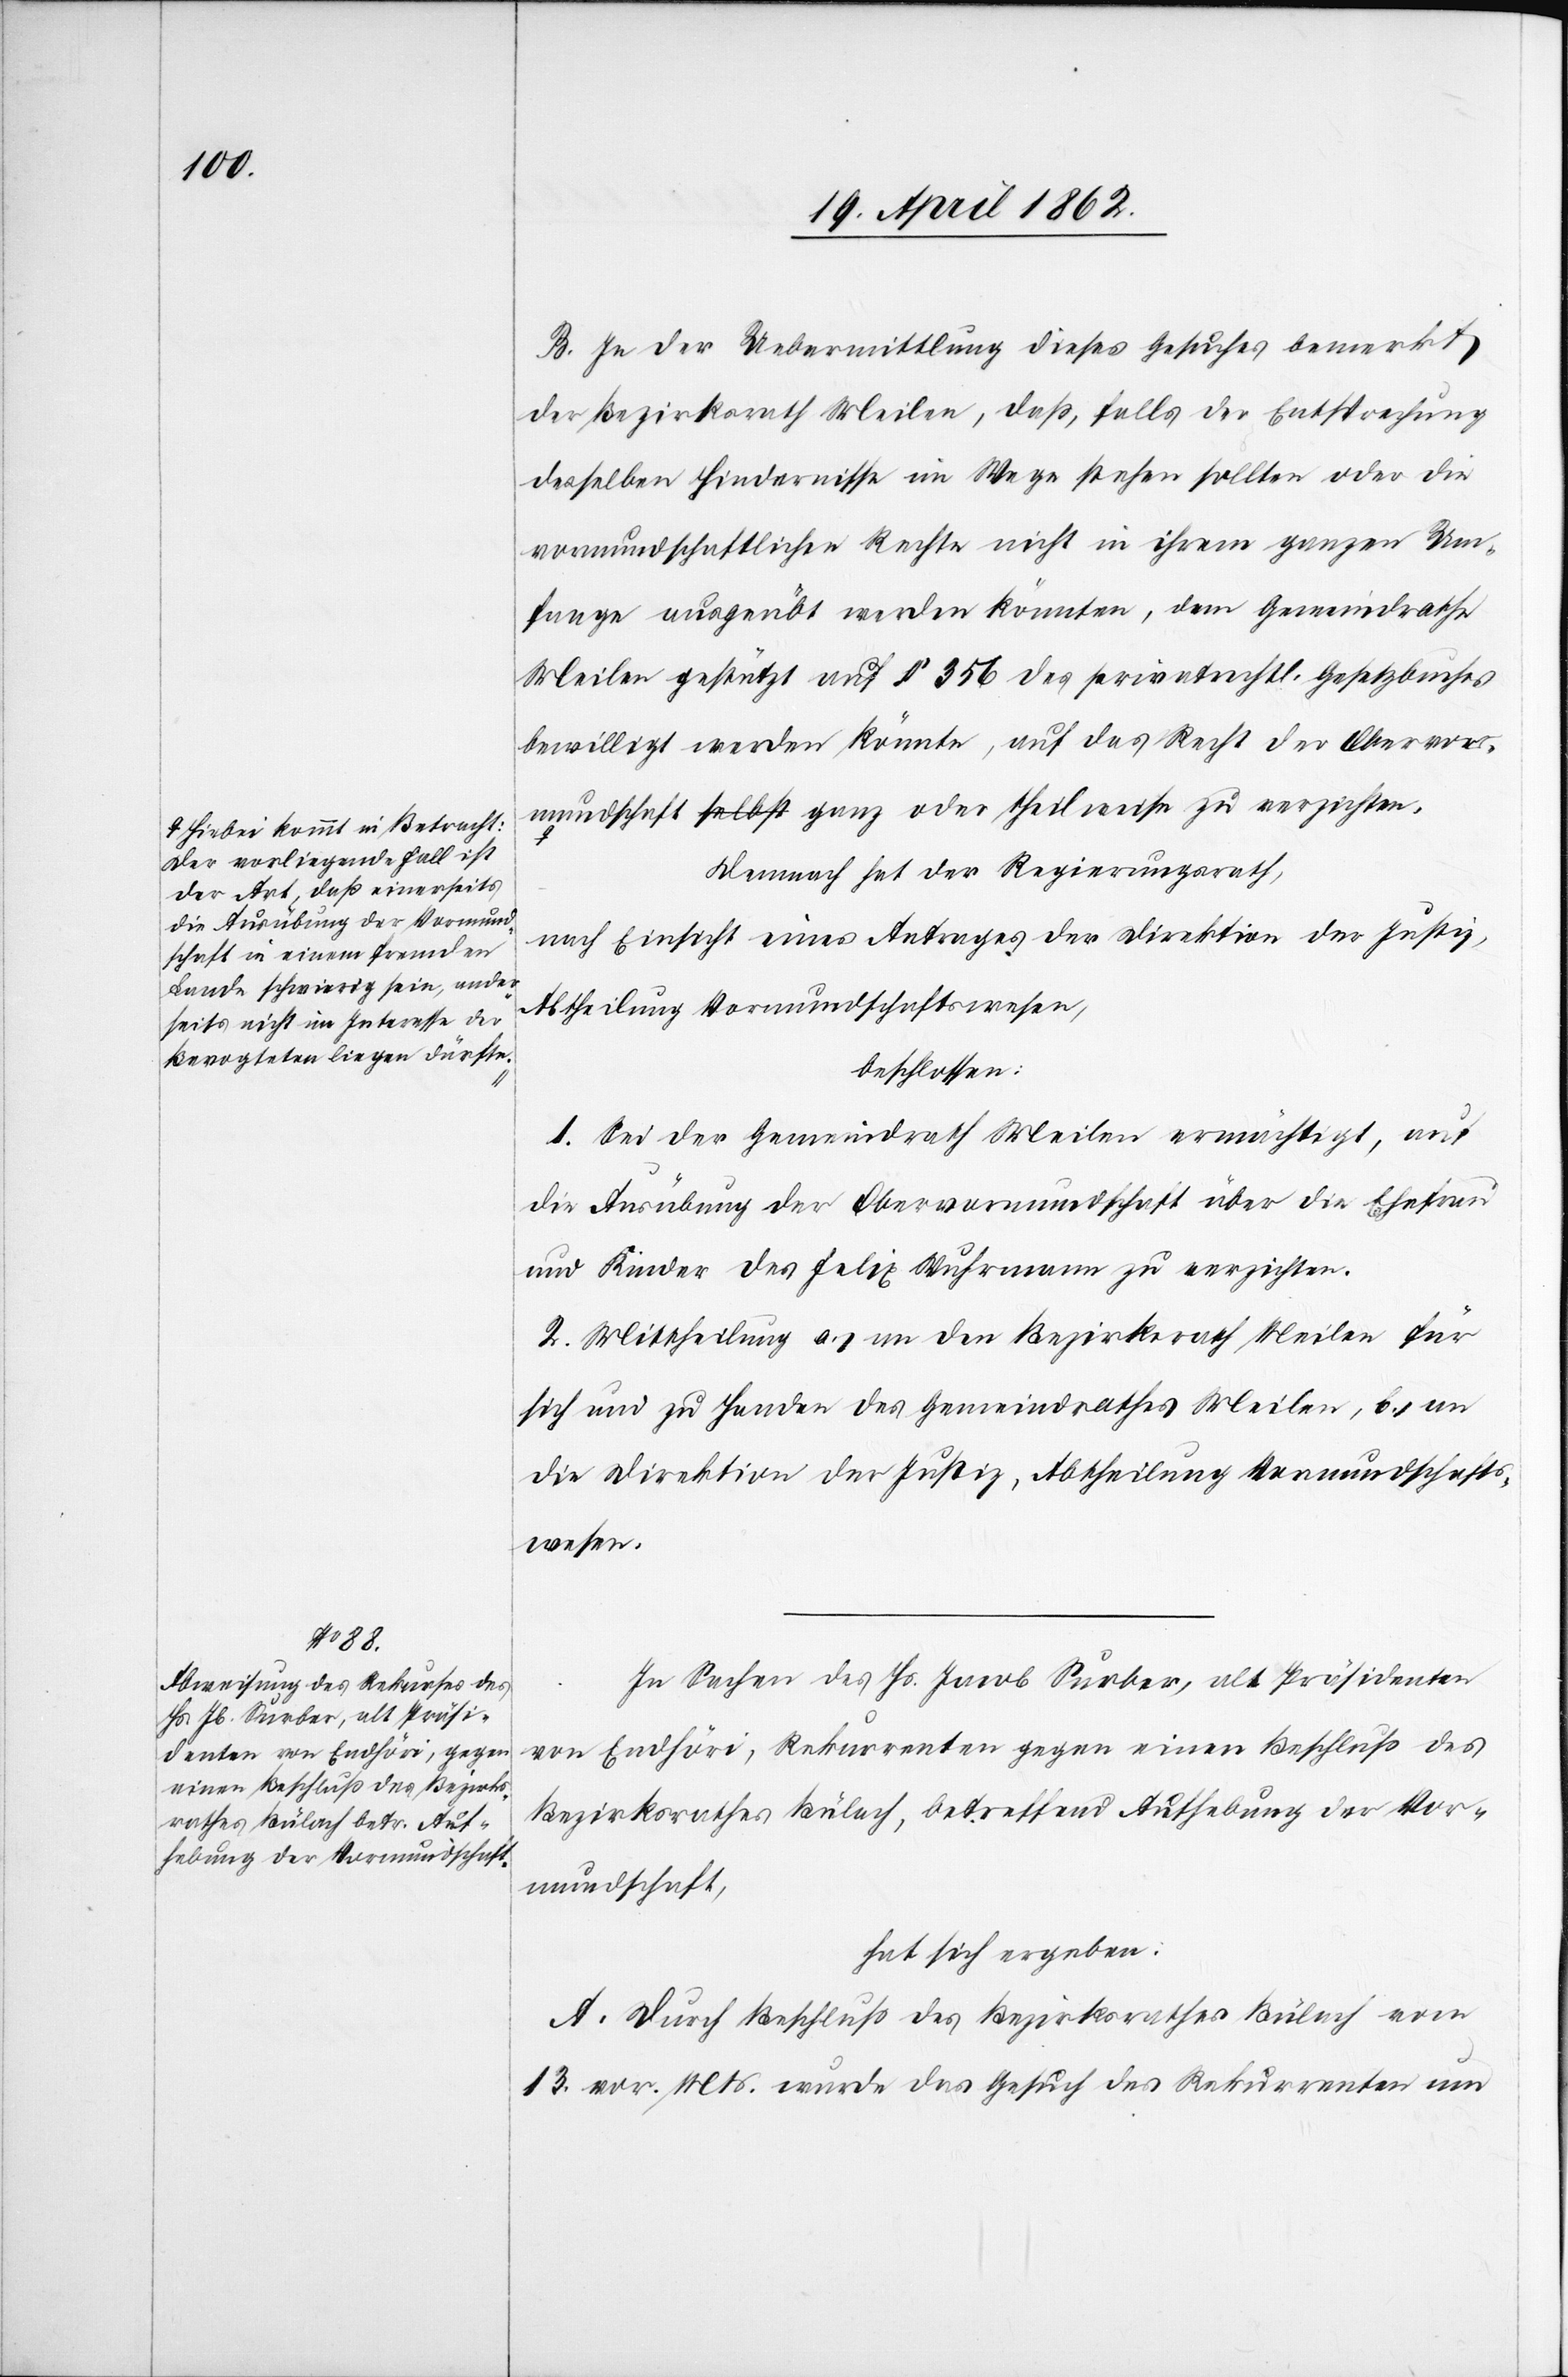
a-Hiebei kommt in Betracht:
Der vorliegende Fall ist
der Art, daß einerseits
die Ausübung der Vormund¬
schaft in einem fremden
Lande schwierig sein, ander¬
seits nicht im Interesse der
Bevogteten liegen dürfte.-a

B. In der Uebermittlung dieses Gesuches bemerkt
der Bezirksrath Meilen, daß, falls der Entsprechung
desselben Hindernisse im Wege stehen sollten oder die
vormundschaftlichen Rechte nicht in ihrem ganzen Um¬
fange ausgeübt werden könnten, dem Gemeindrathe
Meilen gestützt auf § 356 des privatrechtl. Gesetzbuches
bewilligt werden könnte, auf das Recht der Obervor¬
Demnach hat der Regierungsrath,
nach Einsicht eines Antrages der Direktion der Justiz,
Abtheilung Vormundschaftswesen,
beschlossen:
1. Sei der Gemeindrath Meilen ermächtigt, auf
die Ausübung der Obervormundschaft über die Ehefrau
und Kinder des Felix Wuhrmann zu verzichten.
2. Mittheilung a) an den Bezirksrath Meilen für
sich und zu Handen des Gemeindrathes Meilen, b) an
die Direktion der Justiz, Abtheilung Vormundschafts¬
wesen.
In Sachen des Hs. Jacob Surber, als Präsidenten
von Endhöri, Rekurrenten gegen einen Beschluß des
Bezirksrathes Bülach, betreffend Aufhebung der Vor¬
mundschaft,
hat sich ergeben:
A. Durch Beschluß des Bezirksrathes Bülach vom
13. vor. Mts. wurde das Gesuch des Rekurrenten um